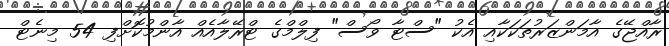
ރާއްޖޭގެ އާމަންޒަރުތަކަކާއި އެކު "ސްޓާ ވޯސް" ފިލްމްގެ ޓްރޭލާއެއް އާންމުކޮށްފި 54 މިނެޓް